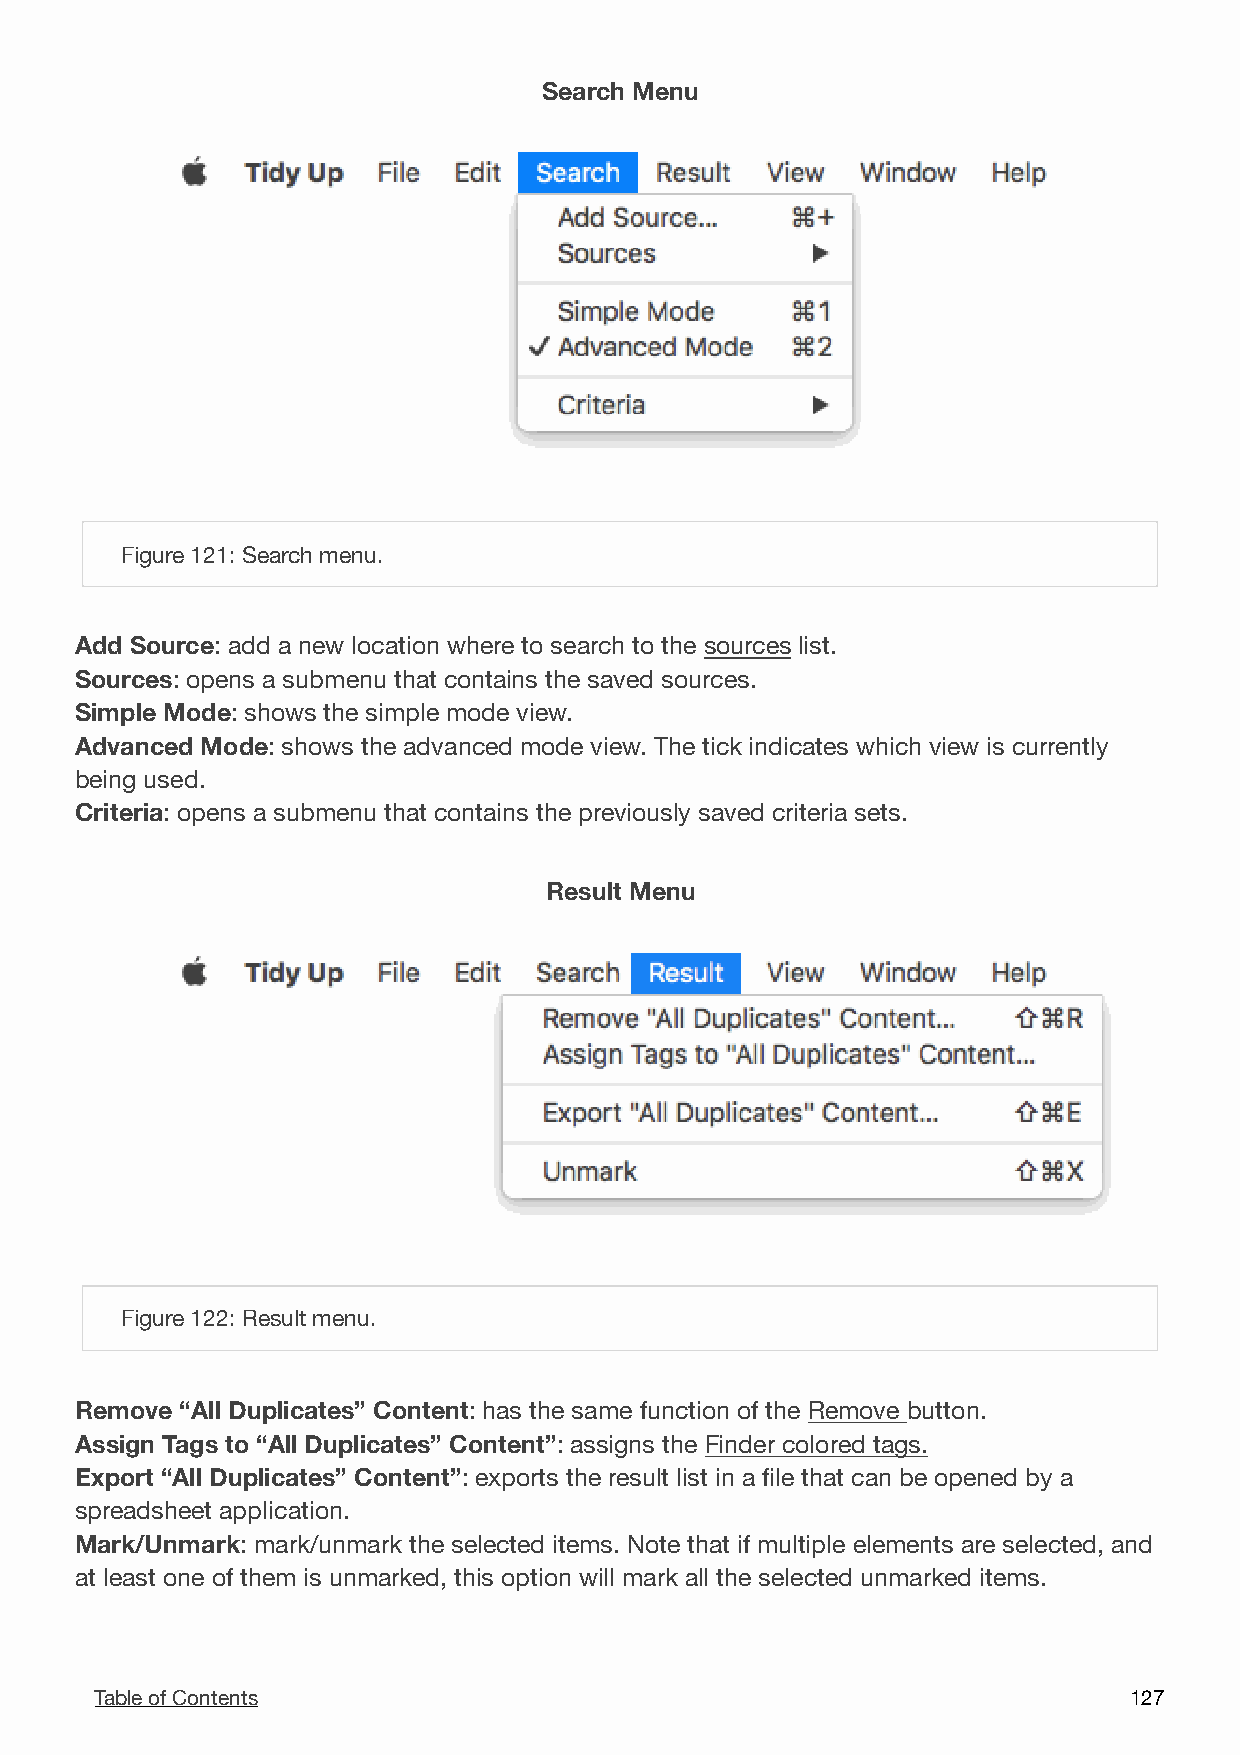
Search Menu
 !
 Figure 121: Search menu.
 Add Source: add a new location where to search to the sources list.
 Sources: opens a submenu that contains the saved sources.
 Simple Mode: shows the simple mode view.
 Advanced Mode: shows the advanced mode view. The tick indicates which view is currently
 being used.
 Criteria: opens a submenu that contains the previously saved criteria sets.
 Result Menu
 !
 Figure 122: Result menu.
 Remove “All Duplicates” Content: has the same function of the Remove button.
 Assign Tags to “All Duplicates” Content”: assigns the Finder colored tags.
 Export “All Duplicates” Content”: exports the result list in a file that can be opened by a
 spreadsheet application.
 Mark/Unmark: mark/unmark the selected items. Note that if multiple elements are selected, and
 at least one of them is unmarked, this option will mark all the selected unmarked items.
 Table of Contents                                                    1 27